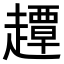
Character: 𧽼